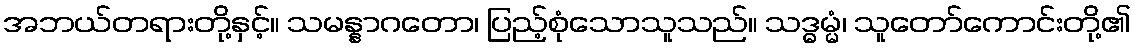
အဘယ်တရားတို့နှင့်။ သမန္နာဂတော၊ ပြည့်စုံသောသူသည်။ သဒ္ဓမ္မံ၊ သူတော်ကောင်းတို့၏